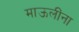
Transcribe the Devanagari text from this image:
माऊलींना